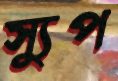
স্যুপ